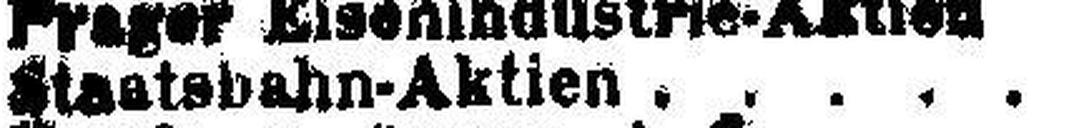
Staatsbahn-Aktien